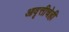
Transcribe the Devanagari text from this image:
आवृत्तीचेही